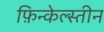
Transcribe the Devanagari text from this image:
फ़िन्केल्स्तीन